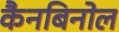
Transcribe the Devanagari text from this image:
कैनबिनोल